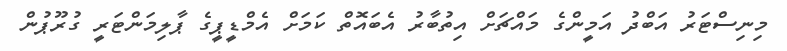
މިނިސްޓަރު އަބްދު އަމީންގެ މައްޗަށް އިތުބާރު އެބައޮތް ކަމަށް އެމްޑީޕީގެ ޕާލިމަންޓަރީ ގުރޫޕުން